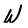
Character: W